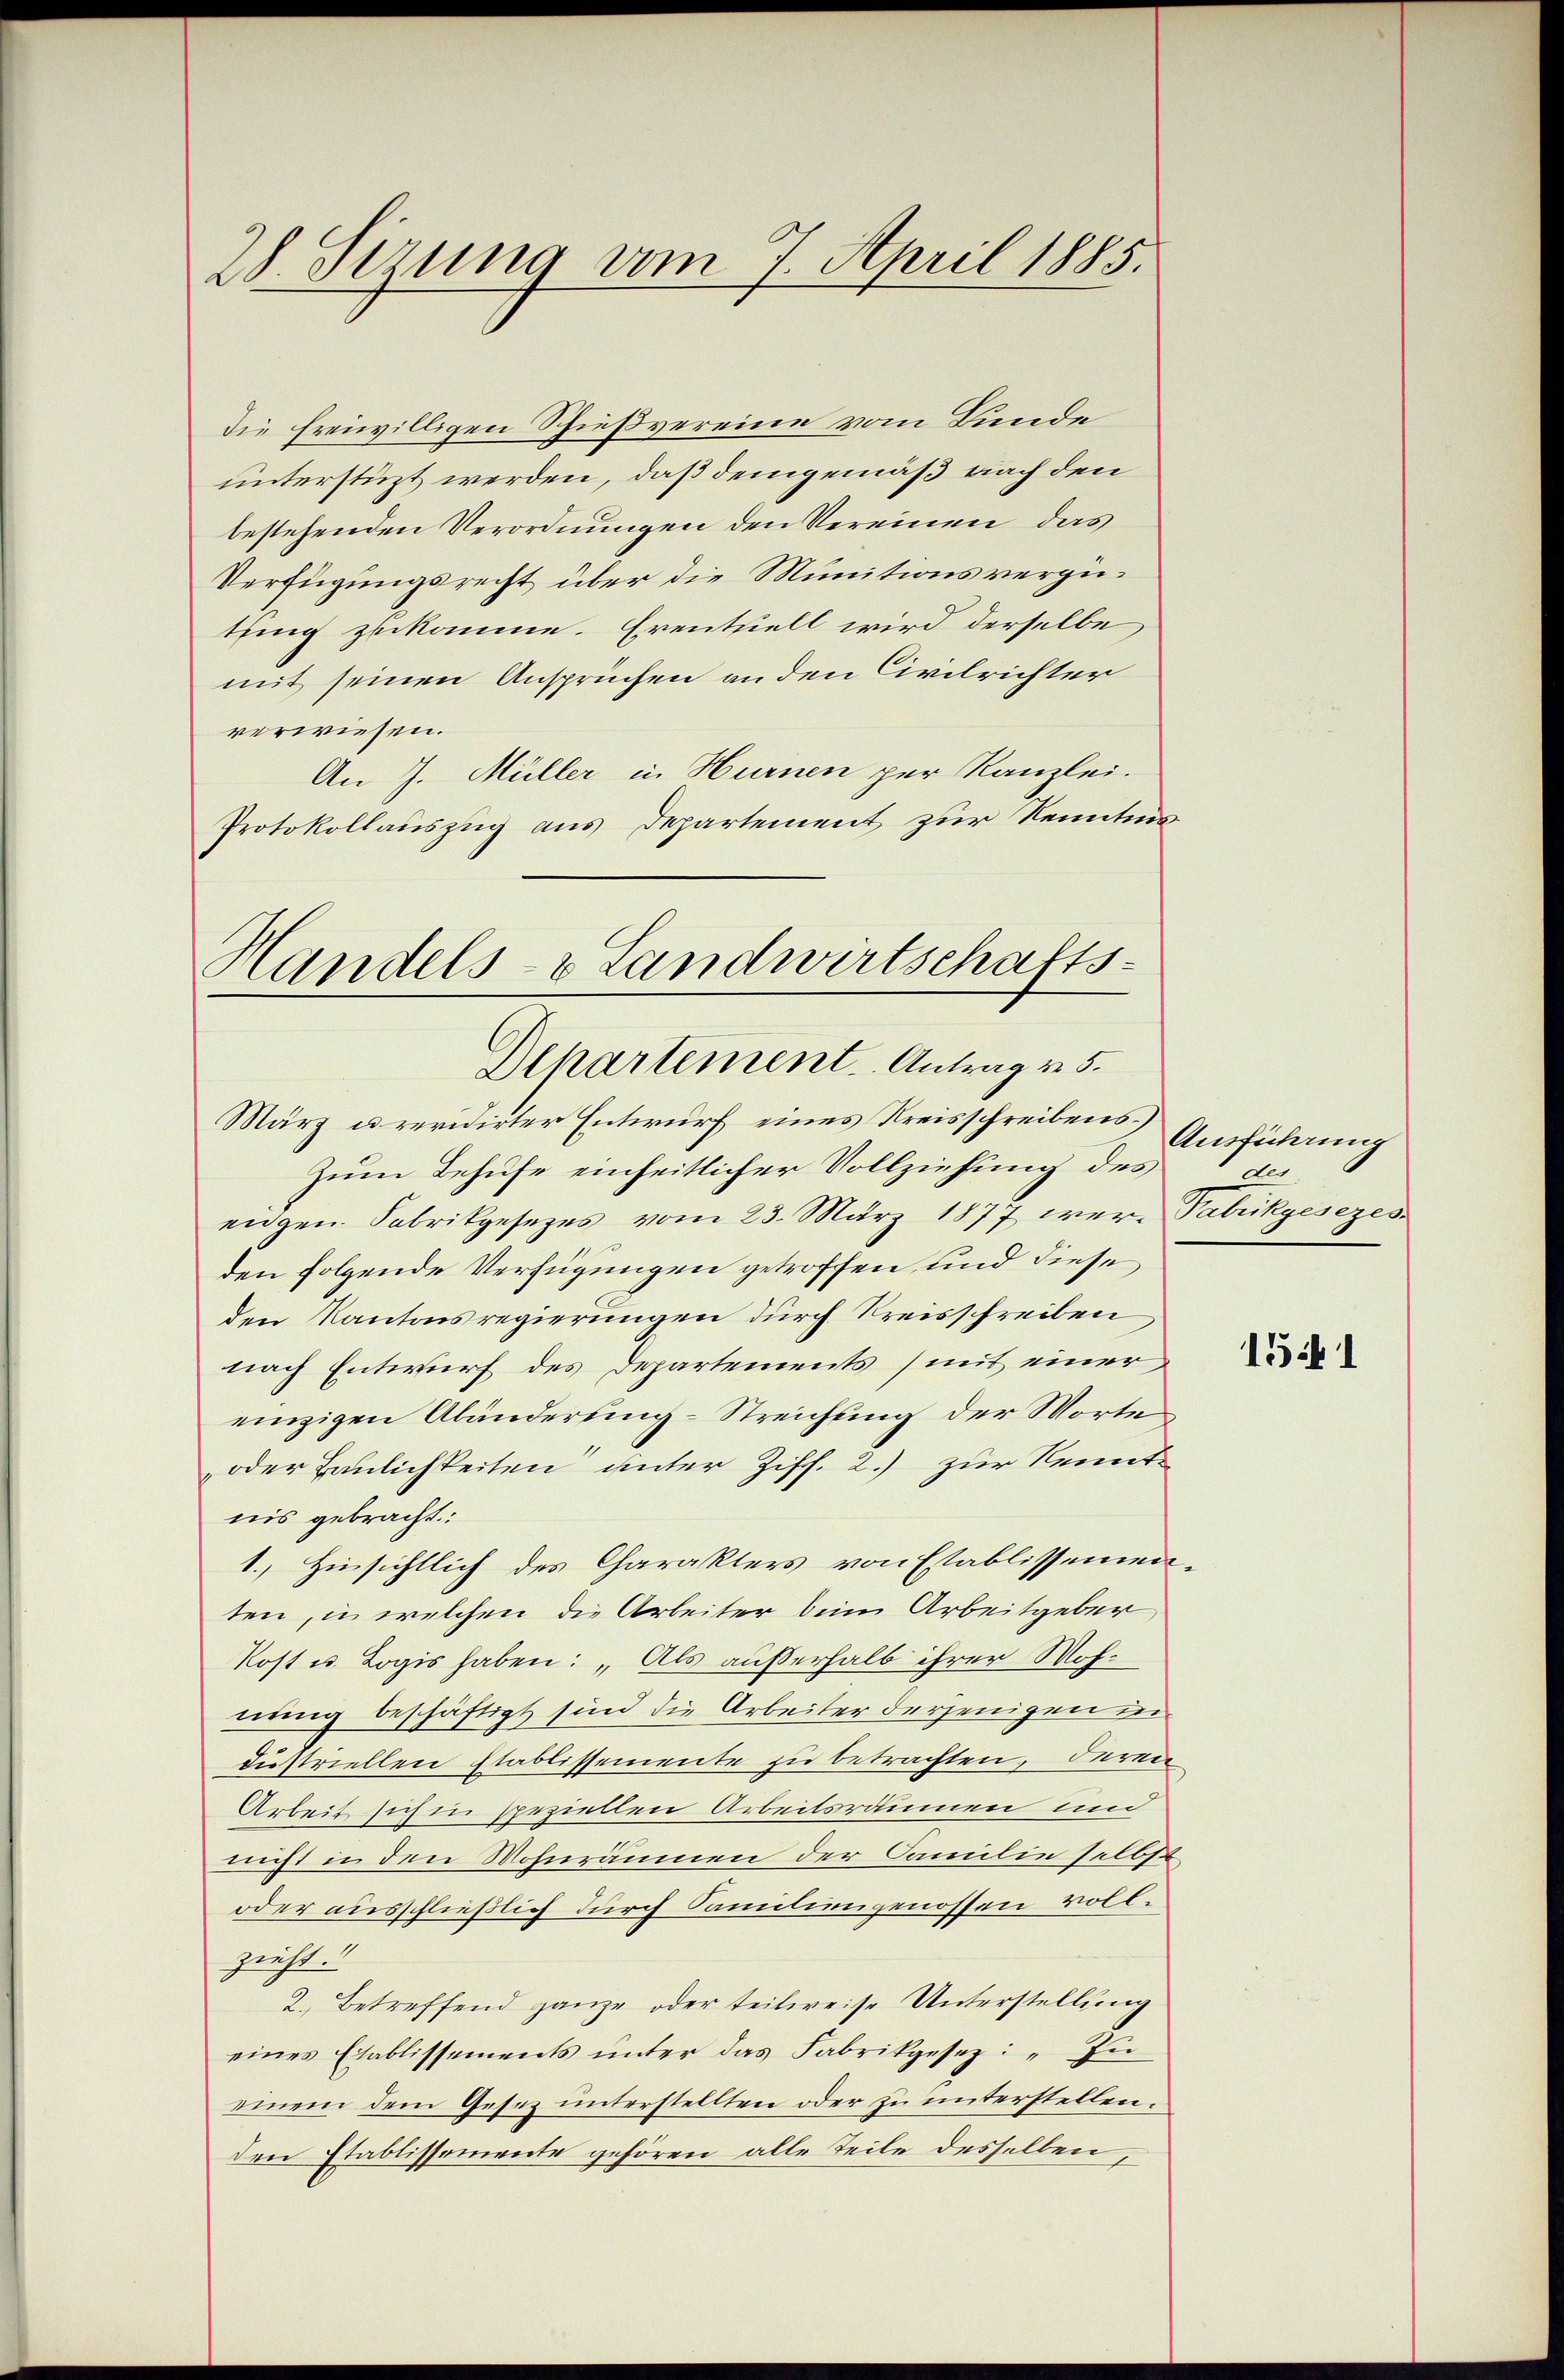
28. Sezung vom 7. April 1885.

Die freiwilligen Schießvereine vom Bunde
unterstüzt werden, daß demgemäß nach den
bestehenden Verordnungen den Vereinen das
Verfügungsrecht über die Munitionsvergütung zukomme. Eventuell wird derselbe
mit seinen Ansprüchen an den Civilrichter
verwiesen.
An J. Müller in Hurnen per Kanzlei.
Protokollauszug aus Departement zur Kenntnis

Handels- & Landwirtschafts-
Departement. Antrag v. 5.
März arevidirter Entwurf eines Kreisschreibens

Zum Behufe einheitlicher Vollziehung des
eidgen. Sabrikgesezes vom 23. März 1877 were Pabikgesezesden folgende Verfügungen getroffen und diese
den Kantonsregierungen durch Kreisschreiben
nach Entwurf des Departements (mit einer
einzigen Abänderung- Streichung der Worte
oder Baulichkeiten unter Ziff. 2.) zur Kenntnis gebracht:
1., Hinsichtlich des Charakters von Etablissemen-
ten, in welchen die Arbeiter beim Arbeitgeber,
Kost u. Logis haben: „Als außerhalb ihrer Wohnung beschäftigt sind die Arbeiter derjenigen in
dustriellen Etablissemente zu betrachten, deren
Arbeit sich in speziellen Arbeitsräumen und
nicht in den Wohnräumen der Familie selbst
oder ausschließlich durch Familiengenossen vollzieht.
2. Betreffend ganze oder teilweise Unterstellung
eines Etablissements unter das Fabrikgesez: „Zu
einem dem Gesez unterstellten oder zu unterstellen.
den Etablissemente gehören alle Teile desselben,

Ausführung
der

1541